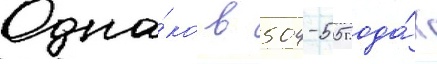
Одна́ко в 504-505 года́х